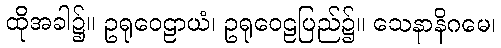
ထိုအခါ၌။ ဥရုဝေဠာယံ၊ ဥရုဝေဠပြည်၌။ သေနာနိဂမေ၊